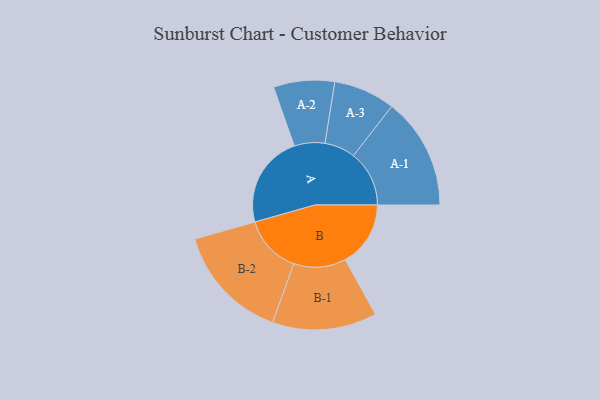
{"axis": {"x": "Segment", "y": "Value"}, "legend": ["", "A", "B"], "data": [{"x": "A", "y": 388, "type": ""}, {"x": "B", "y": 274, "type": ""}, {"x": "A-1", "y": 234, "type": "A"}, {"x": "A-2", "y": 128, "type": "A"}, {"x": "A-3", "y": 129, "type": "A"}, {"x": "B-1", "y": 219, "type": "B"}, {"x": "B-2", "y": 244, "type": "B"}]}